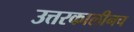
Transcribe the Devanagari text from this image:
उत्तरकालीनच